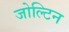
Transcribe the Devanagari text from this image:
जोल्टिन